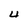
Character: 4